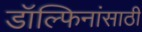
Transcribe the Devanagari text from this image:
डॉल्फिनांसाठी